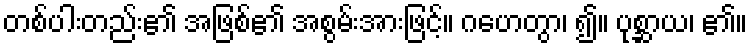
တစ်ပါးတည်း၏ အဖြစ်၏ အစွမ်းအားဖြင့်။ ဂဟေတွာ၊ ၍။ ပုစ္ဆာယ၊ ၏။